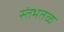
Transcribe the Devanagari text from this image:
स्तंभतळ